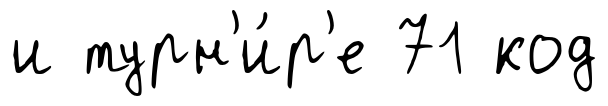
и турн'и́р'е 71 код